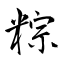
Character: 粽